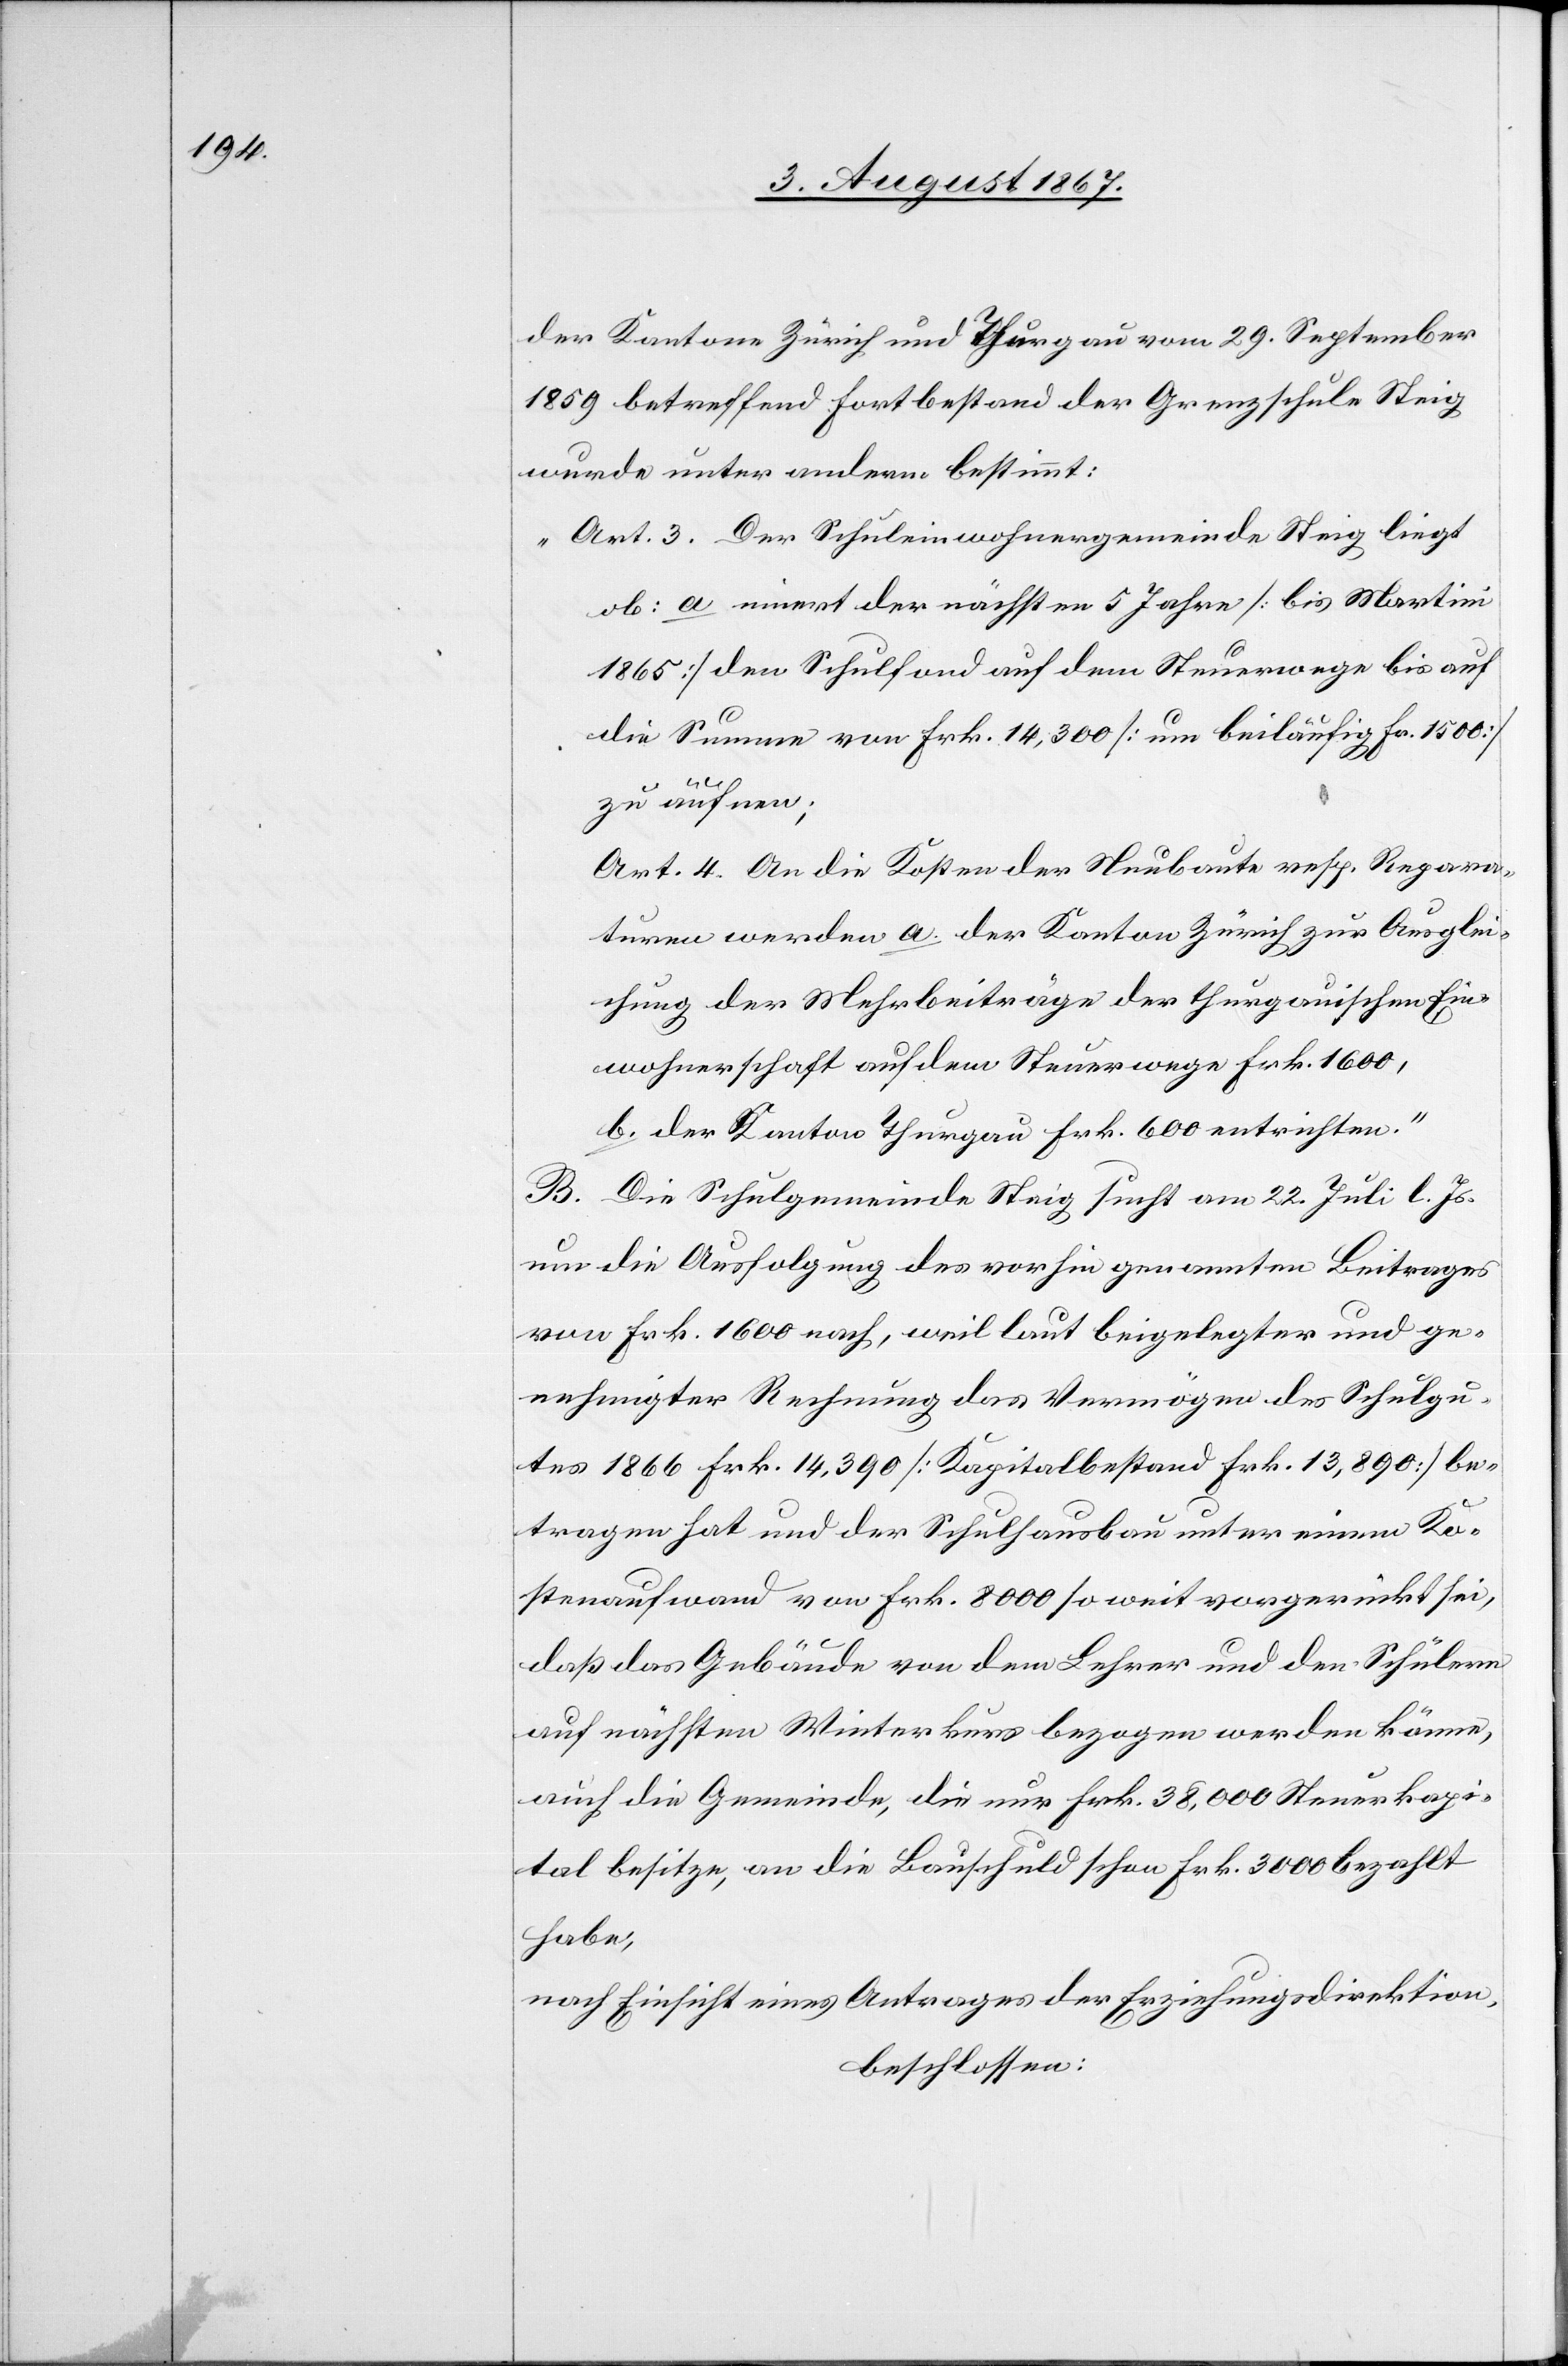
der Kantone Zürich und Thurgau vom 29. September
1859 betreffend Fortbestand der Grenzschule Steig
wurde unter anderm bestimmt:
„Art. 3. Der Schuleinwohnergemeinde Steig liegt
ob: a. innert der nächsten 5 Jahre [bis Martini
1865] den Schulfond auf dem Steuerwege bis auf
die Summe von Frk. 14 300 [um beiläufig Fr. 1500]
zu äufnen;
Art. 4. An die Kosten der Neubaute resp. Repara¬
turen werden a. der Kanton Zürich zur Ausglei¬
chung der Mehrbeiträge der thurgauischen Ein¬
wohnerschaft auf dem Steuerwege Frk. 1600,
b. der Kanton Thurgau Frk. 600 entrichten.“
B. Die Schulgemeinde Steig sucht am 22. Juli l. Js.
um die Ausfolgung des vorhin genannten Beitrages
von Frk. 1600 nach, weil laut beigelegter und ge¬
nehmigter Rechnung das Vermögen des Schulgu¬
tes 1866 Frk. 14 300 [Kapitalbestand Frk. 13 890] be¬
tragen hat und der Schulhausbau unter einem Ko¬
stenaufwand von Frk. 8000 so weit vorgerückt sei,
daß das Gebäude von dem Lehrer und den Schülern
auf nächsten Winterkurs bezogen werden könne,
auch die Gemeinde, die nur Frk. 38 000 Steuerkapi¬
tal besitze, an die Bauschuld schon Frk. 3000 bezahlt
habe,
nach Einsicht eines Antrages der Erziehungsdirektion,
beschlossen: